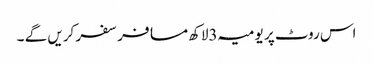
اس روٹ پر یومیہ 3لاکھ مسافر سفر کریں گے ۔